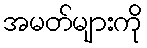
အမတ်များကို